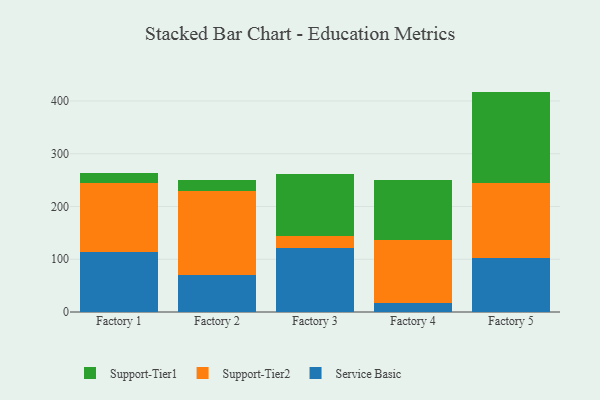
{"axis": {"x": "Factory", "y": "Net Income (USD K)"}, "legend": ["Service Basic", "Support-Tier1", "Support-Tier2"], "data": [{"x": "Factory 1", "y": 114.4, "type": "Service Basic"}, {"x": "Factory 1", "y": 129.4, "type": "Support-Tier2"}, {"x": "Factory 1", "y": 19.0, "type": "Support-Tier1"}, {"x": "Factory 2", "y": 69.8, "type": "Service Basic"}, {"x": "Factory 2", "y": 159.8, "type": "Support-Tier2"}, {"x": "Factory 2", "y": 19.9, "type": "Support-Tier1"}, {"x": "Factory 3", "y": 120.7, "type": "Service Basic"}, {"x": "Factory 3", "y": 23.9, "type": "Support-Tier2"}, {"x": "Factory 3", "y": 116.7, "type": "Support-Tier1"}, {"x": "Factory 4", "y": 17.3, "type": "Service Basic"}, {"x": "Factory 4", "y": 119.4, "type": "Support-Tier2"}, {"x": "Factory 4", "y": 113.0, "type": "Support-Tier1"}, {"x": "Factory 5", "y": 101.6, "type": "Service Basic"}, {"x": "Factory 5", "y": 142.9, "type": "Support-Tier2"}, {"x": "Factory 5", "y": 173.3, "type": "Support-Tier1"}]}